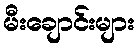
မီးချောင်းများ